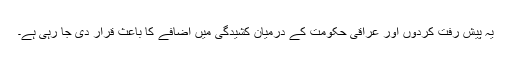
یہ پیش رفت کردوں اور عراقی حکومت کے درمیان کشیدگی میں اضافے کا باعث قرار دی جا رہی ہے۔